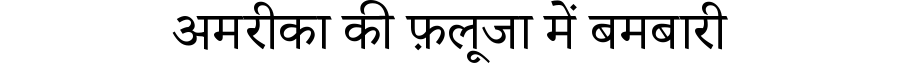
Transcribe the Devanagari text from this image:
अमरीका की फ़लूजा में बमबारी